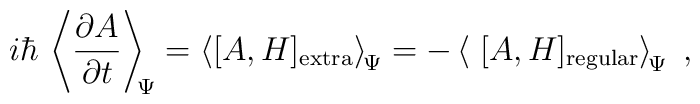
i \hbar \,\left\langle\frac{\partial A}{ \partial t}\right\rangle_{\scriptstyle \!  \! \Psi}=\left\langle [A,H]_{\rm extra}\right\rangle_{\scriptstyle \!  \Psi}=-\left\langle \; [A,H]_{\rm regular} \right\rangle_{\scriptstyle \!  \Psi}\; ,